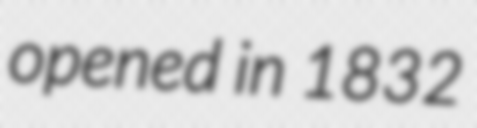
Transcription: opened in 1832